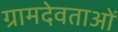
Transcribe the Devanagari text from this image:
ग्रामदेवताओं